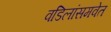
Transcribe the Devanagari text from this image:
वडिलांसमवेत